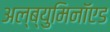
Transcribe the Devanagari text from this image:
अल्ब्युमिनॉएड